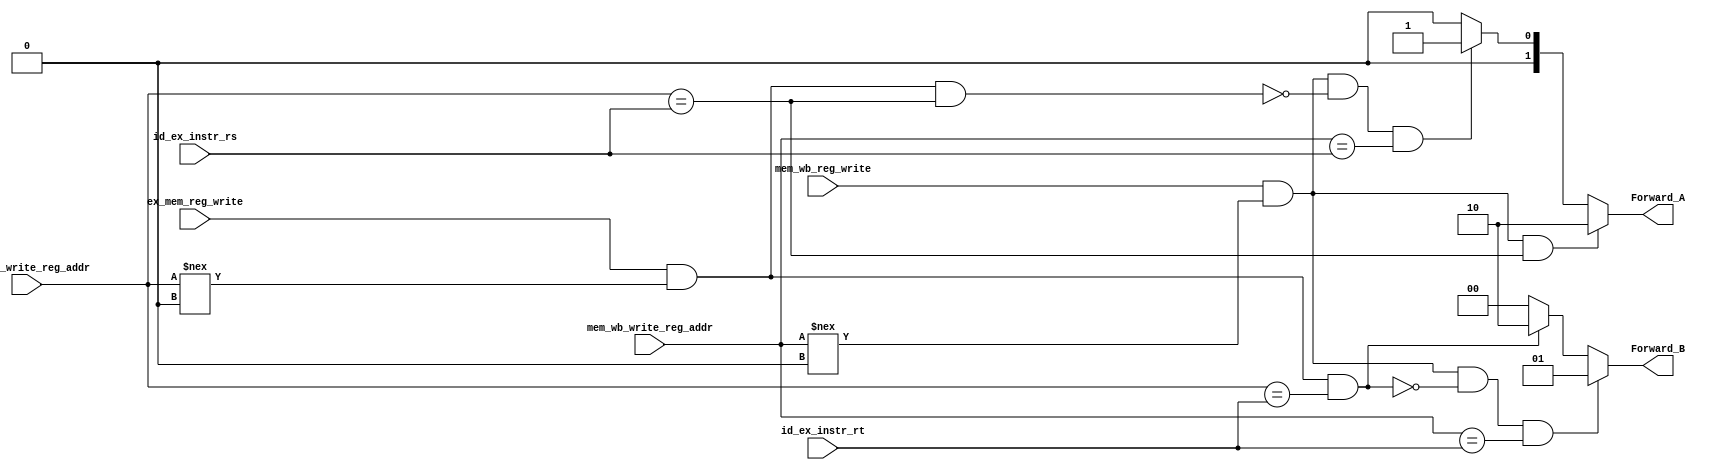
`timescale 1ns / 1ps
// handles data forwarding depending on values of EX/MEM or MEM/WB registers

module EX_Forwarding_unit(
    input ex_mem_reg_write,
    input [4:0] ex_mem_write_reg_addr,
    input [4:0] id_ex_instr_rs,
    input [4:0] id_ex_instr_rt,
    input mem_wb_reg_write,
    input [4:0] mem_wb_write_reg_addr,
    output reg [1:0] Forward_A,
    output reg [1:0] Forward_B
    );
    
    always @(*)  
    begin
        //forward_A
        if((mem_wb_reg_write) & (mem_wb_write_reg_addr !== 5'b00) & (ex_mem_write_reg_addr == id_ex_instr_rs))
            Forward_A=2'b10;
        else if((mem_wb_reg_write) & (mem_wb_write_reg_addr !== 5'b00) & (~((ex_mem_reg_write) & (ex_mem_write_reg_addr !== 0) & (ex_mem_write_reg_addr == id_ex_instr_rs))) & (mem_wb_write_reg_addr == id_ex_instr_rs))
            Forward_A=2'b01;
        else
            Forward_A = 2'b00;
    
        //forward_B
        if((mem_wb_reg_write) & (mem_wb_write_reg_addr !== 5'b00) & (~((ex_mem_reg_write) & (ex_mem_write_reg_addr !== 0) & (ex_mem_write_reg_addr == id_ex_instr_rt))) & (mem_wb_write_reg_addr == id_ex_instr_rt))
            Forward_B=2'b01;
        else if((ex_mem_reg_write) & (ex_mem_write_reg_addr !== 5'b00) & (ex_mem_write_reg_addr == id_ex_instr_rt))
            Forward_B=2'b10;
        else
            Forward_B=2'b00;

    end 

endmodule